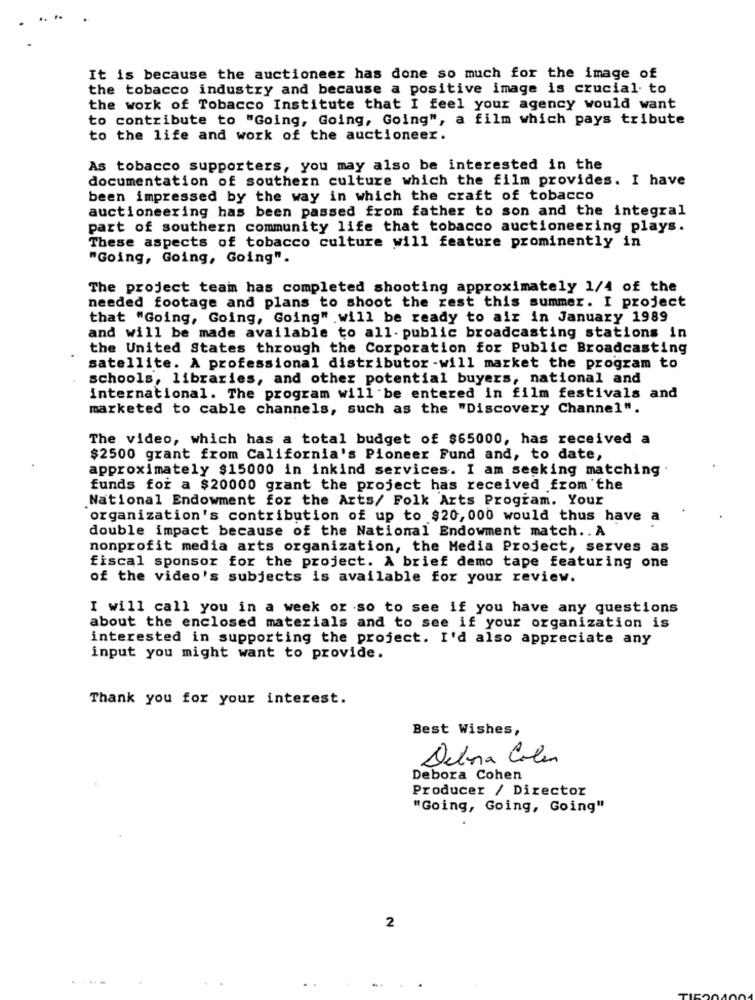
It is because the auctioneer has done so much for the image of
the tobacco industry and because a positive image is crucial to
the work of Tobacco Institute that I feel your agency would want
to contribute to "Going, Going, Going", a film which pays tribute
to the life and work of the auctioneer.
As tobacco supporters, you may also be interested in the
documentation of southern culture which the film provides. I have
been impressed by the way in which the craft of tobacco
auctioneering has been passed from father to son and the integral
part of southern community life that tobacco auctioneering plays.
These aspects of tobacco culture will feature prominently in
"Going, Going, Going".
The project team has completed shooting approximately 1/4 of the
needed footage and plans to shoot the rest this summer. I project
that "Going, Going, Going" will be ready to air in January 1989
and will be made available to all- public broadcasting stations in
the United States through the Corporation for Public Broadcasting
satellite. A professional distributor -will market the program to
schools, libraries, and other potential buyers, national and
international. The program will be entered in film festivals and
marketed to cable channels, such as the "Discovery Channel".
The video, which has a total budget of $65000, has received a
$2500 grant from California's Pioneer Fund and, to date,
approximately $15000 in inkind services. I am seeking matching
funds for a $20000 grant the project has received from the
National Endowment for the Arts/ Folk Arts Program. Your
organization's contribution of up to $20, 000 would thus have a
double impact because of the National Endowment match .. A
nonprofit media arts organization, the Media Project, serves as
fiscal sponsor for the project. A brief demo tape featuring one
of the video's subjects is available for your review.
I will call you in a week or so to see if you have any questions
about the enclosed materials and to see if your organization is
interested in supporting the project. I'd also appreciate any
input you might want to provide.
Thank you for your interest.
Best Wishes,
Delina Color
Debora Cohen
Producer / Director
"Going, Going, Going"
2